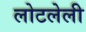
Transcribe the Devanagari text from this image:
लोटलेली